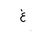
Letter: _gayn